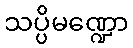
သပ္ပိမဏ္ဍော